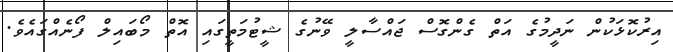
އިރުކޮޅަކުން ނަދީމުގެ އަތް ގެންގޮސް ޖައްސާލީ ވޭނުގެ ޝީޓުމަތީގައި އޮތް މޯބައިލް ފޯނެއްގައެވެ.